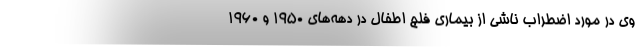
وی در مورد اضطراب ناشی از بیماری فلج اطفال در دهه‌های 1950 و 1960